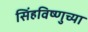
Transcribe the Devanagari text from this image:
सिंहविष्णुच्या